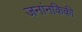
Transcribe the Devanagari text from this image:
जनांनकिकी